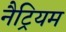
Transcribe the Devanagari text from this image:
नैट्रियम